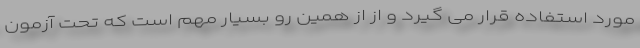
مورد استفاده قرار می گیرد و از از همین رو بسیار مهم است که تحت آزمون